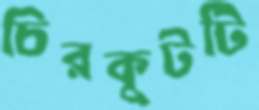
চিরকুটটি